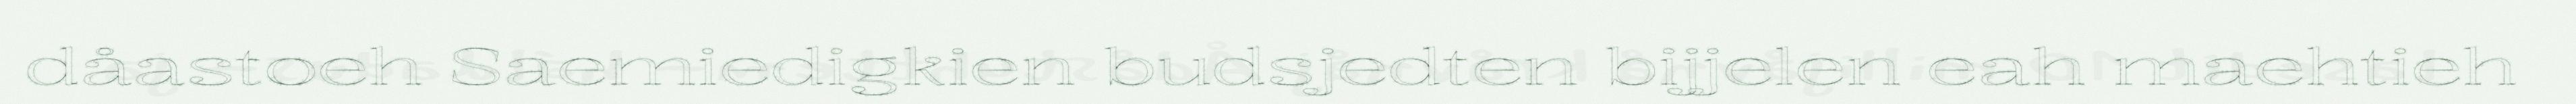
dåastoeh Saemiedigkien budsjedten bijjelen eah maehtieh